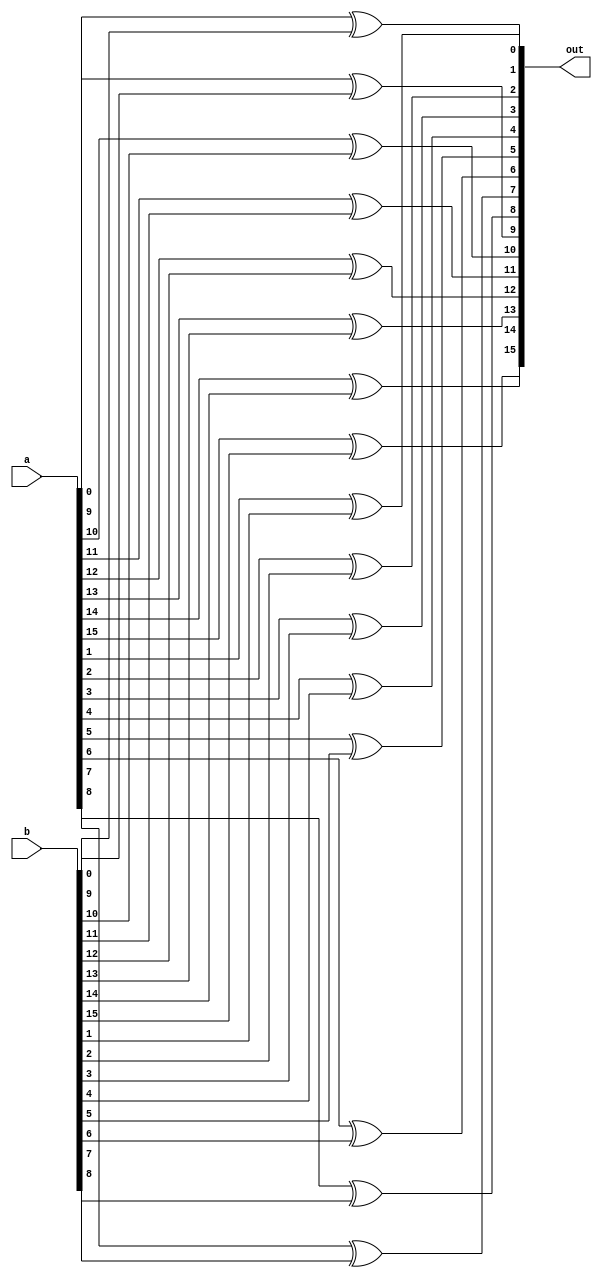
module xor_bitwise(out,a,b);
parameter N=16;//16 bit
input [N-1:0]a;
input [N-1:0]b;
output [N-1:0]out;
genvar p;//generate variable

generate 
  for (p=0;p<N;p=p+1)//16 copies of xor are generated via loop

begin : xorbit//begin : end
  xor XG(out[p],a[p],b[p]);//the loop variables will be xorbit[0].XG,xorbit[1].XG.......xorbit[15].XG
end
endgenerate

endmodule